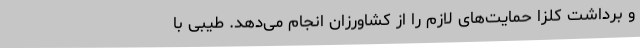
و برداشت کلزا حمایت‌های لازم را از کشاورزان انجام می‌دهد. طیبی با